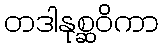
တဒါနုစ္ဆဝိကာ